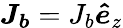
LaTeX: \boldsymbol{J_{b}}=J_{b}\boldsymbol{\hat{e}}_{z}